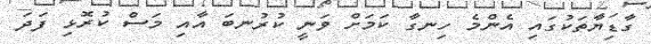
ގާޑިޔާތަކުގައި އެންމެ ހިނގާ ކަމަށް ވަނީ ކުރުނބަ އާއި މަސް ކުރޮޅި ފަދަ